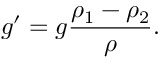
g ^ { \prime } = g { \frac { \rho _ { 1 } - \rho _ { 2 } } { \rho } } .